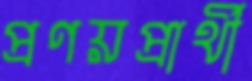
প্রণয়প্রার্থী